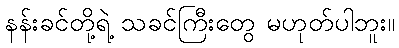
နန်းခင်တို့ရဲ့ သခင်ကြီးတွေ မဟုတ်ပါဘူး။